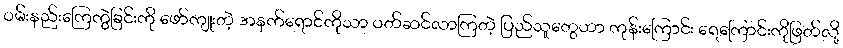
ဝမ်းနည်းကြေကွဲခြင်းကို ဖော်ကျုးတဲ့ အနက်ရောင်ကိုသာ ဝတ်ဆင်လာကြတဲ့ ပြည်သူတွေဟာ ကုန်းကြောင်း ရေကြောင်းကိုဖြတ်လို့